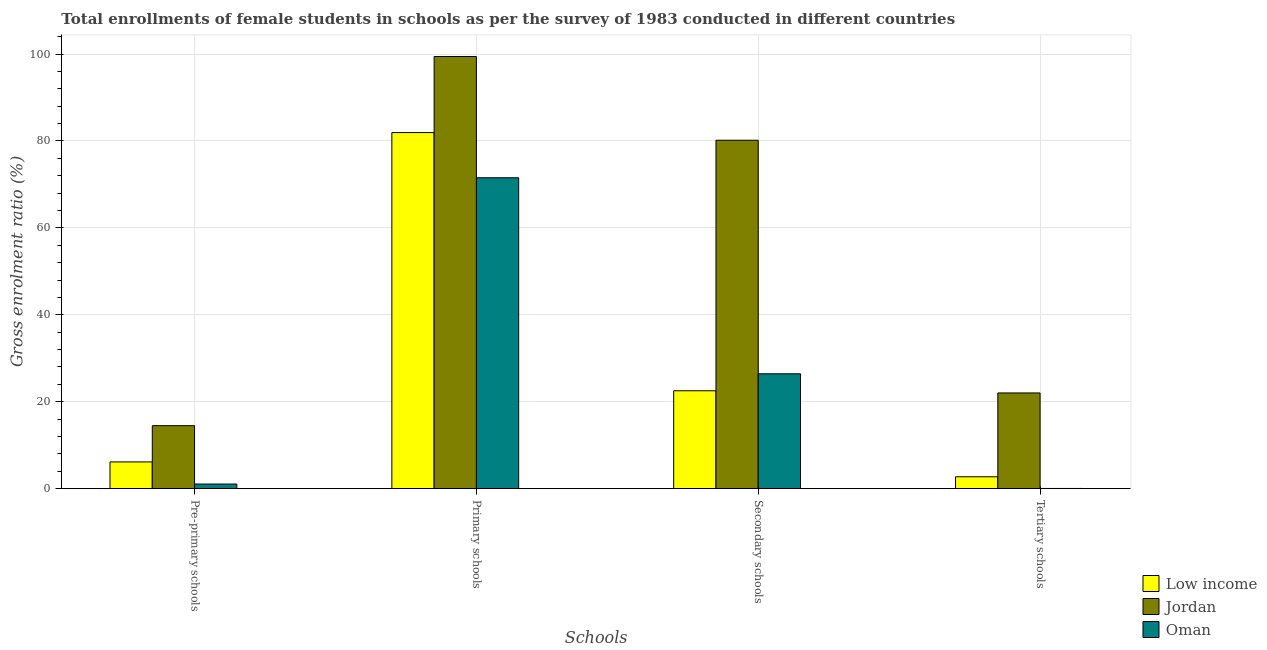
| Schools | Low income | Jordan | Oman |
 | --- | --- | --- | --- |
 | Pre-primary schools | 6.15 | 14.5 | 1.07 |
 | Primary schools | 81.9 | 99.4 | 71.5 |
 | Secondary schools | 22.5 | 80.2 | 26.4 |
 | Tertiary schools | 2.74 | 22 | 0.0486 |